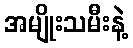
အမျိုးသမီးနဲ့